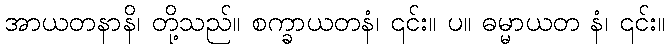
အာယတနာနိ၊ တို့သည်။ စက္ခာယတနံ၊ ၎င်း။ ပ။ ဓမ္မာယတ နံ၊ ၎င်း။